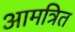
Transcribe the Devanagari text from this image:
आमत्रित